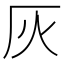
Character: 灰